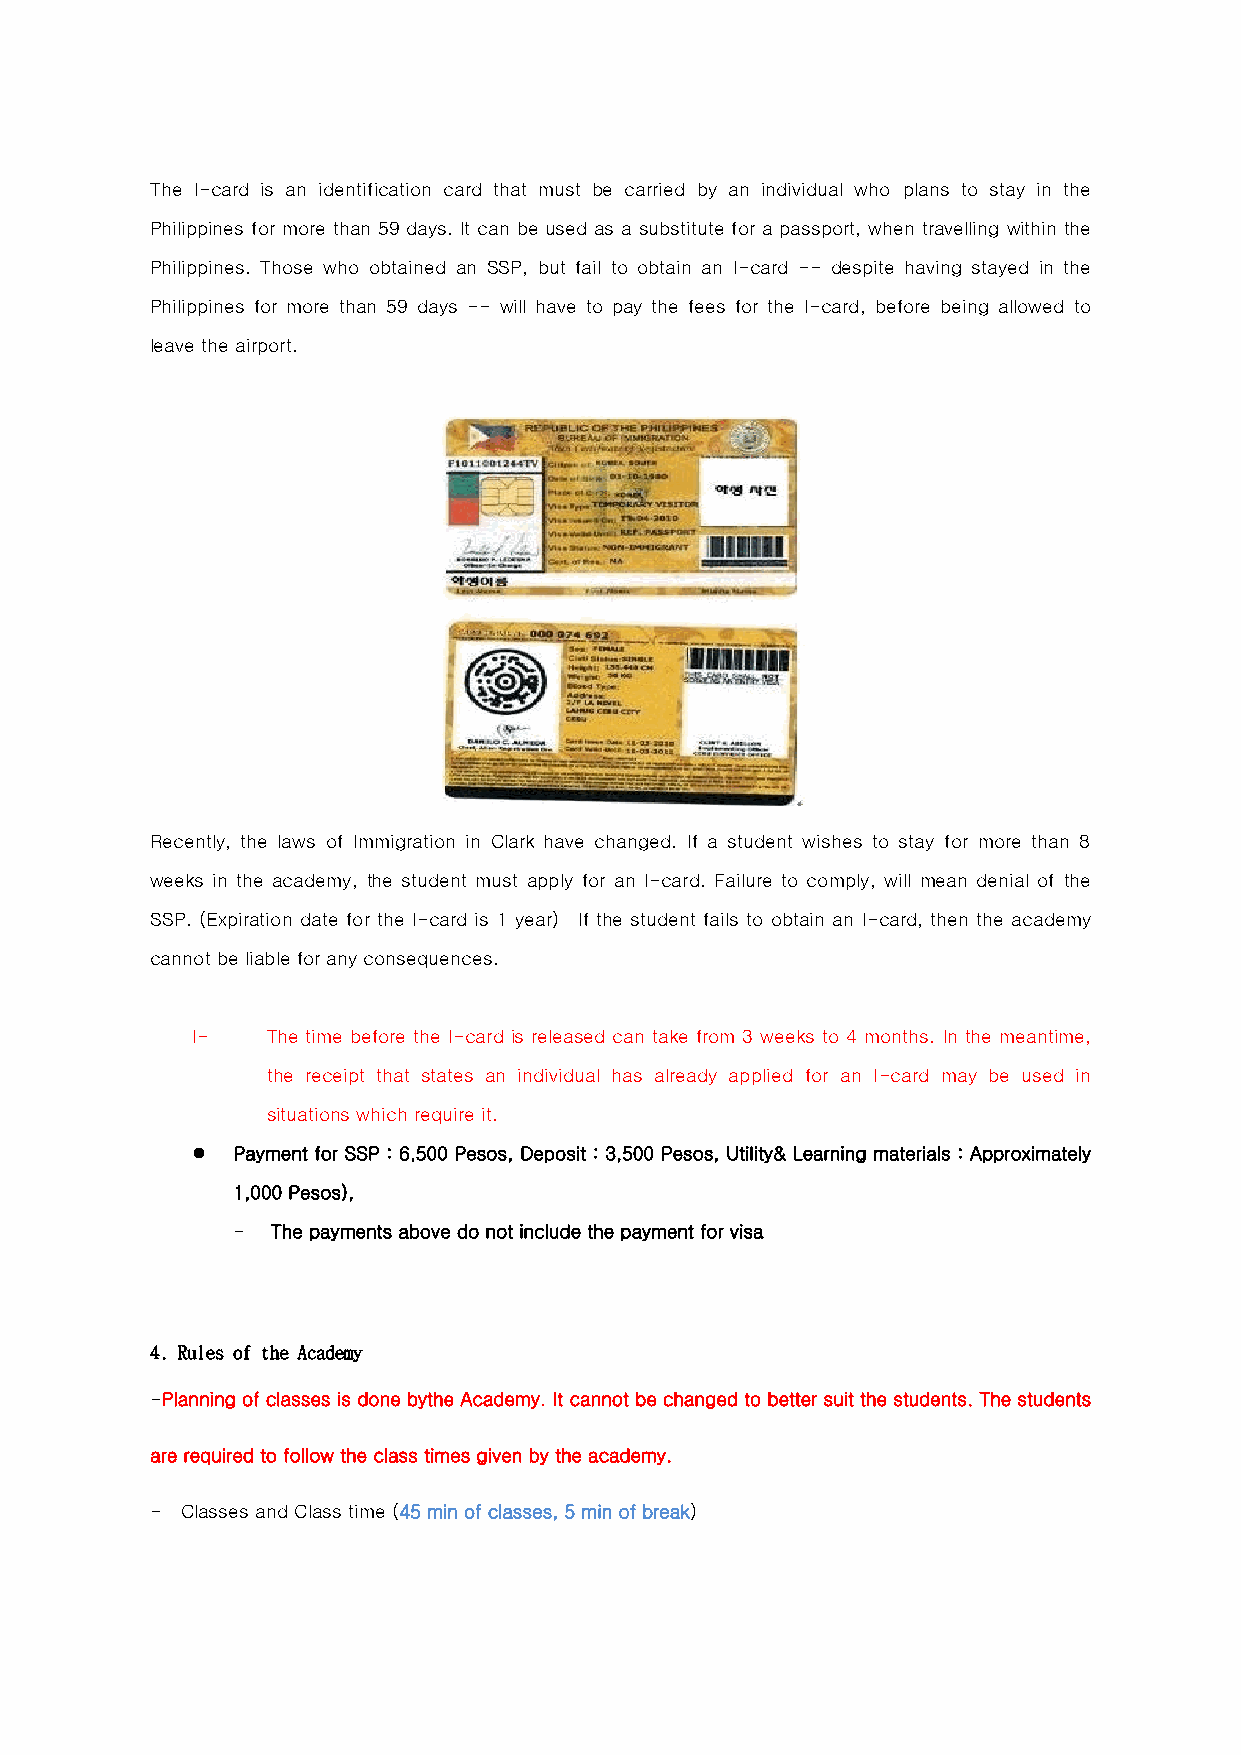
The I-card is an identification card that must be carried by an individual who plans to stay in the
 Philippines for more than 59 days. It can be used as a substitute for a passport, when travelling within the
 Philippines. Those who obtained an SSP, but fail to obtain an I-card -- despite having stayed in the
 Philippines for more than 59 days -- will have to pay the fees for the I-card, before being allowed to
 leave the airport.
 Recently, the laws of Immigration in Clark have changed. If a student wishes to stay for more than 8
 weeks in the academy, the student must apply for an I-card. Failure to comply, will mean denial of the
 SSP. (Expiration date for the I-card is 1 year) If the student fails to obtain an I-card, then the academy
 cannot be liable for any consequences.
 I-   The time before the I-card is released can take from 3 weeks to 4 months. In the meantime,
 the receipt that states an individual has already applied for an I-card may be used in
 situations which require it.
  Payment for SSP : 6,500 Pesos, Deposit : 3,500 Pesos, Utility& Learning materials : Approximately
 1,000 Pesos),
 -  The payments above do not include the payment for visa
 4. Rules of the Academy
 -Planning of classes is done bythe Academy. It cannot be changed to better suit the students. The students
 are required to follow the class times given by the academy.
 - Classes and Class time (45 min of classes, 5 min of break)